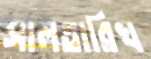
সালতারিখ